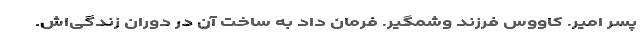
پسر امیر. کاووس فرزند وشمگیر. فرمان داد به ساخت آن در دوران زندگی‌اش.